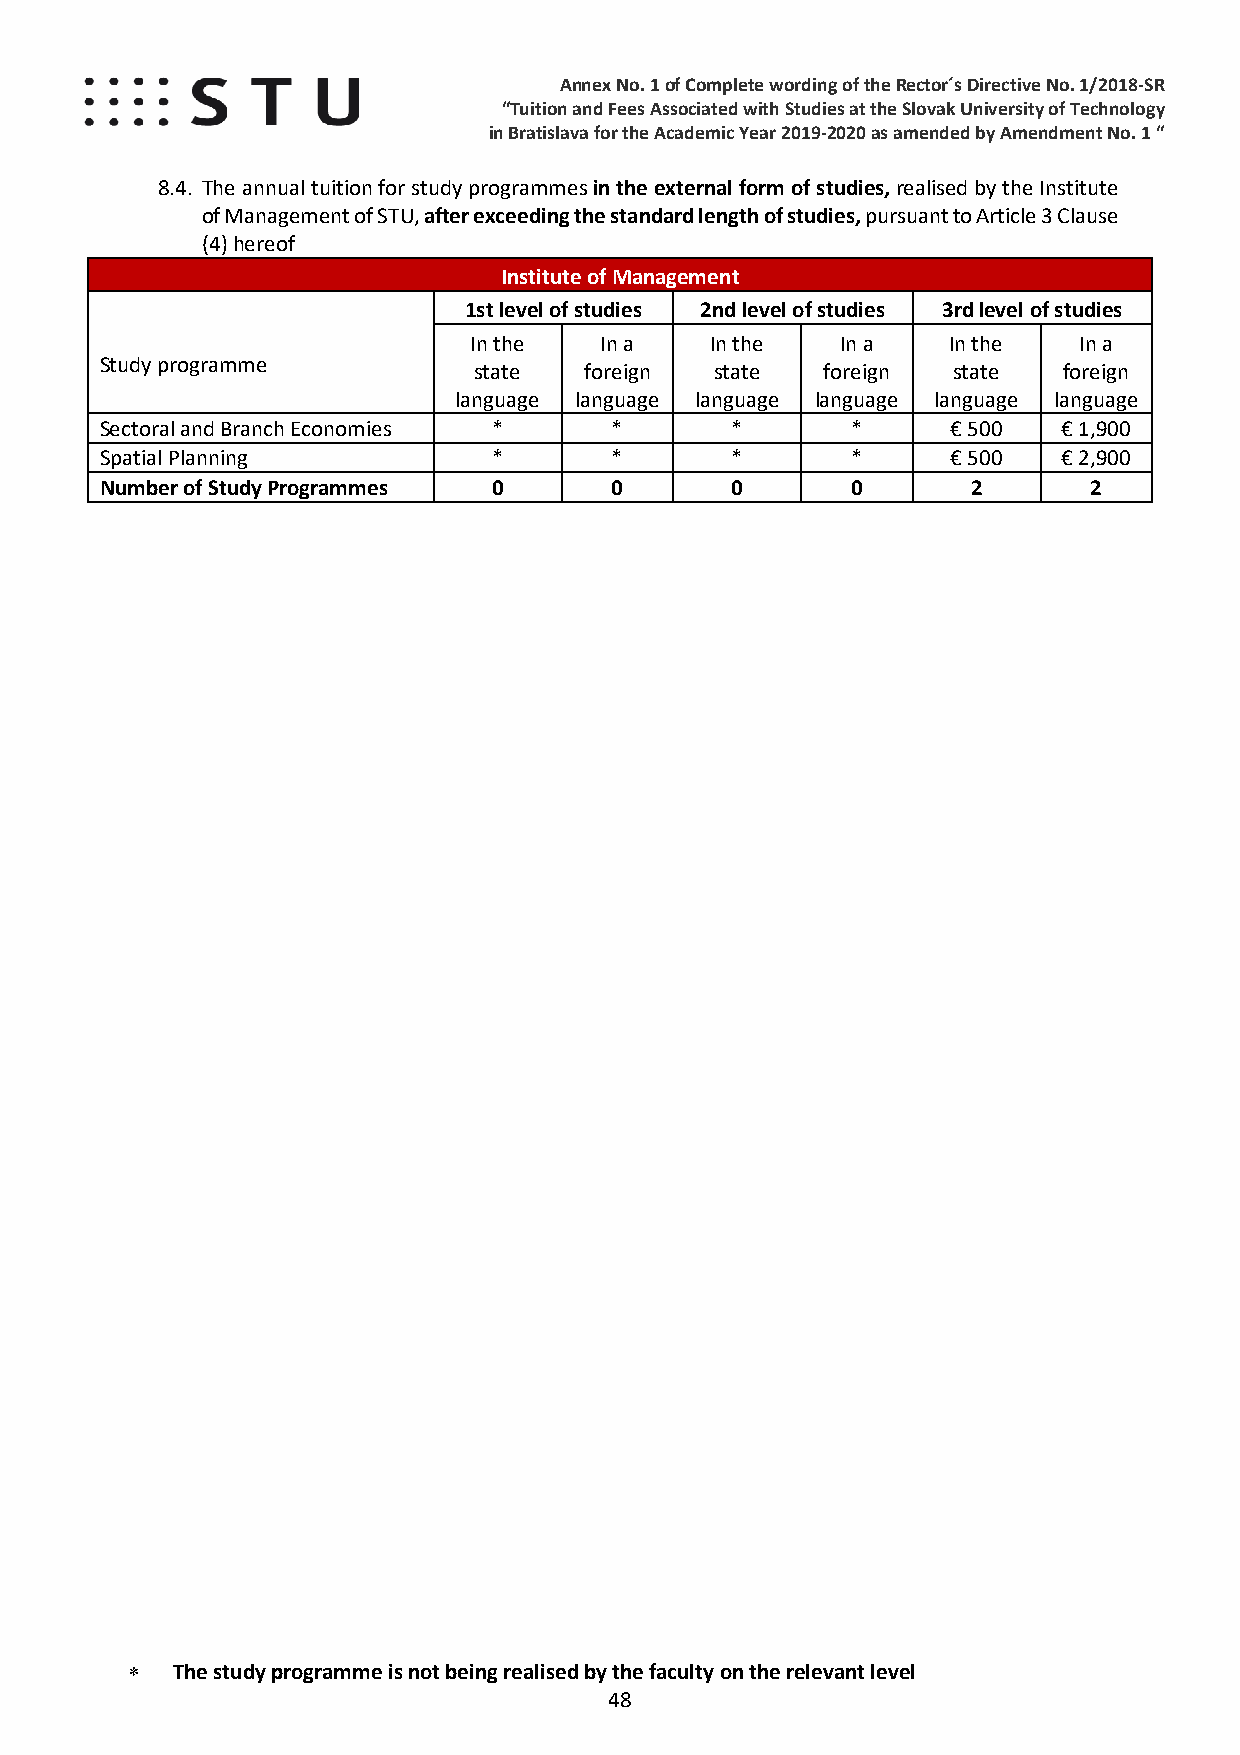
Annex No. 1 of Complete wording of the Rector´s Directive No. 1/2018-SR
 “Tuition and Fees Associated with Studies at the Slovak University of Technology
 in Bratislava for the Academic Year 2019-2020 as amended by Amendment No. 1 “
 8.4. The annual tuition for study programmes in the external form of studies, realised by the Institute
 of Management of ST U, after exceeding the standard length of studies, pursuant to Article 3 Clause
 (4) hereof
 Institute of Management
 1st level of studies 2nd level of studies 3rd level of studies
 In the   In a   In the   In a   In the  In a
 Study programme         state   foreign state  foreign  state  foreign
 language language language language language language
 Sectoral and Branch Economies *  *       *       *      € 500  € 1,900
 Spatial Planning          *      *       *       *      € 500  € 2,900
 Number of Study Programmes 0     0       0       0       2       2
 ∗  The study programme is not being realised by the faculty on the relevant level
 48